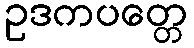
ဥဒကပတ္တေ